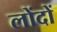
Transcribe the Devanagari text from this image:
लोंदों